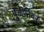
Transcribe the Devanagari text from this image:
पुळणींवर